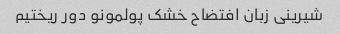
شیرینی زبان افتضاح خشک پولمونو دور ریختیم